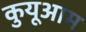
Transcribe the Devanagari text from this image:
कुयूआम